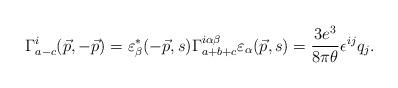
LaTeX: \begin{align*}\Gamma^{i}_{a-c}(\vec p, -\vec p)= \varepsilon^{*}_{\beta}(-\vec p, s) \Gamma^{i\alpha\beta}_{a+b+c} \varepsilon_\alpha (\vec p, s)=\frac{3 e^3}{8\pi \theta}\epsilon^{ij}q_j.\end{align*}